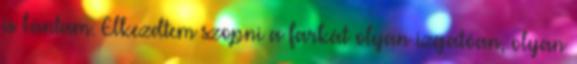
is bántam. Elkezdtem szopni a farkát olyan izgatóan, olyan